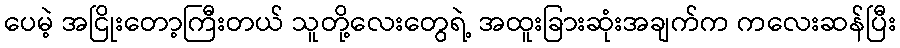
ပေမဲ့ အငြိုးတော့ကြီးတယ် သူတို့လေးတွေရဲ့ အထူးခြားဆုံးအချက်က ကလေးဆန်ပြီး